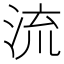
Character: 流